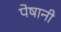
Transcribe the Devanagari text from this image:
पेषानी